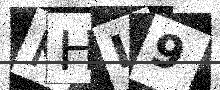
Text: KHL9